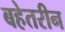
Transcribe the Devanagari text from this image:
बहेतरीन